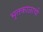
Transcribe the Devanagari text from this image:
भूतकाळाची